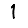
Digit: 1